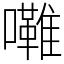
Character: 𱕦